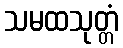
သမထသုတ္တံ